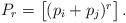
LaTeX: \begin{align*}P_r=\begin{bmatrix}(p_i+p_j)^r\end{bmatrix}.\end{align*}